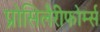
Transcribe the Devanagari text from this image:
प्रोसिलैरीफोर्म्स